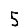
Digit: 5